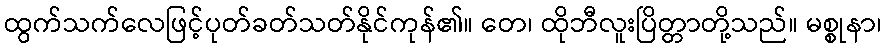
ထွက်သက်လေဖြင့်ပုတ်ခတ်သတ်နိုင်ကုန်၏။ တေ၊ ထိုဘီလူးပြိတ္တာတို့သည်။ မစ္စုနာ၊